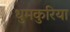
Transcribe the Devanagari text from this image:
धुमकुरिया